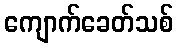
ကျောက်ခေတ်သစ်